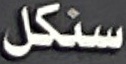
سنكل